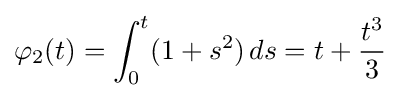
\varphi _{2}(t)=\int _{0}^{t}(1+s^{2})\,ds=t+{\frac {t^{3}}{3}}